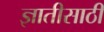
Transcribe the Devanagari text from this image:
ज्ञातीसाठीं